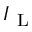
I _ { \mathrm { ~ L ~ } }